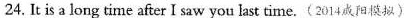
24. It is a long time after I saw you last time.(2014咸阳模拟)